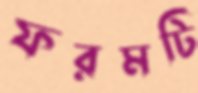
ফরমটি